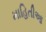
માહિતીઆ